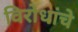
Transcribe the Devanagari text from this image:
विरोधांचे